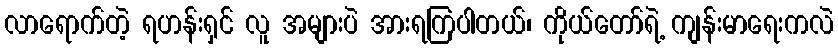
လာရောက်တဲ့ ရဟန်းရှင် လူ အများပဲ အားရကြပါတယ်၊ ကိုယ်တော်ရဲ့ ကျန်းမာရေးကလဲ